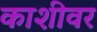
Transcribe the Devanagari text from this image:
काशीवर